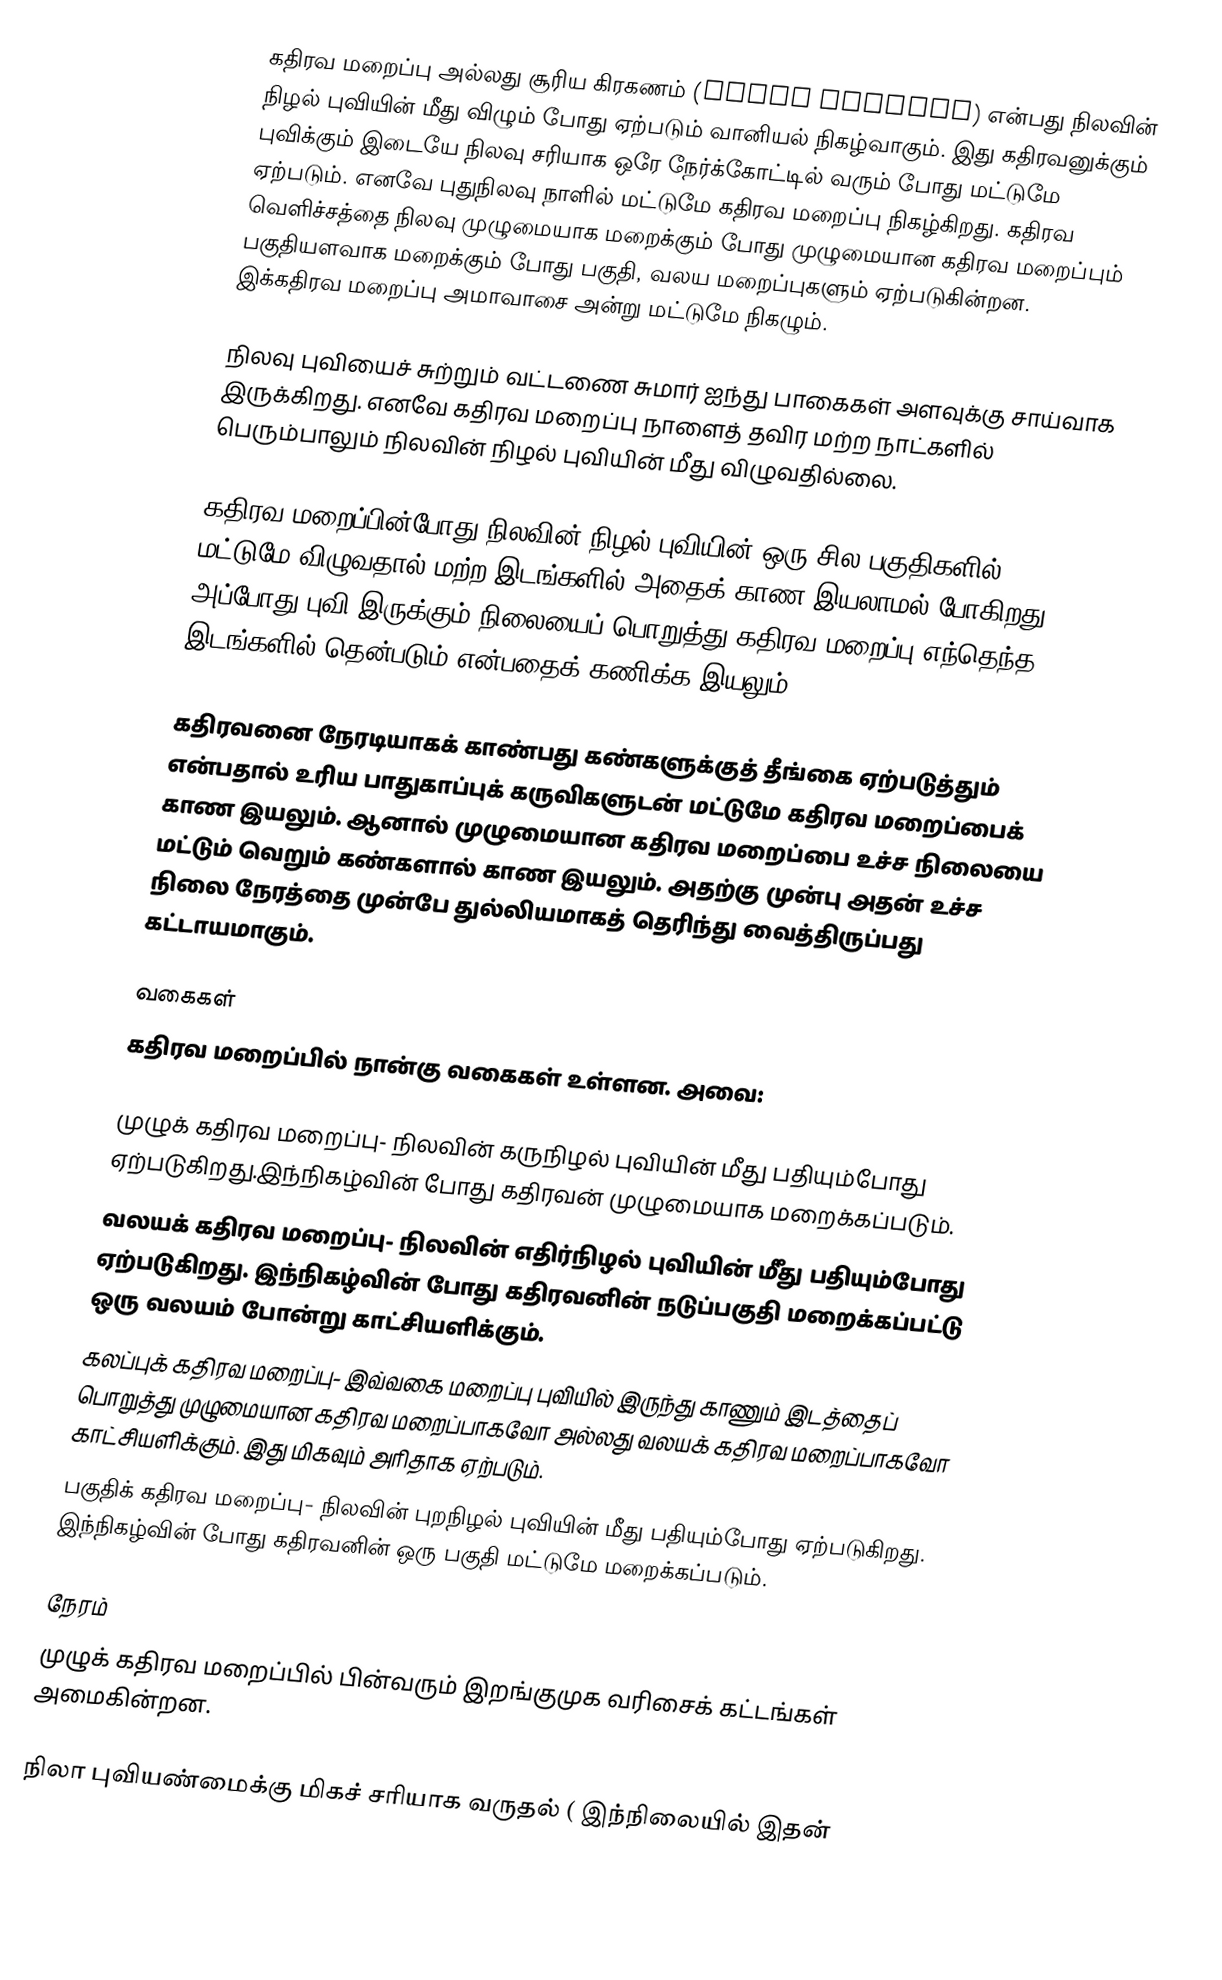
கதிரவ மறைப்பு அல்லது சூரிய கிரகணம் (Solar eclipse) என்பது நிலவின் நிழல் புவியின் மீது விழும் போது ஏற்படும் வானியல் நிகழ்வாகும். இது கதிரவனுக்கும் புவிக்கும் இடையே நிலவு சரியாக ஒரே நேர்க்கோட்டில் வரும் போது மட்டுமே ஏற்படும். எனவே புதுநிலவு நாளில் மட்டுமே கதிரவ மறைப்பு நிகழ்கிறது.  கதிரவ வெளிச்சத்தை நிலவு முழுமையாக மறைக்கும் போது முழுமையான கதிரவ மறைப்பும் பகுதியளவாக மறைக்கும் போது பகுதி, வலய மறைப்புகளும் ஏற்படுகின்றன. இக்கதிரவ மறைப்பு அமாவாசை அன்று மட்டுமே நிகழும்.

நிலவு புவியைச் சுற்றும் வட்டணை சுமார் ஐந்து பாகைகள் அளவுக்கு சாய்வாக இருக்கிறது. எனவே கதிரவ மறைப்பு நாளைத் தவிர மற்ற நாட்களில் பெரும்பாலும் நிலவின் நிழல் புவியின் மீது விழுவதில்லை.

கதிரவ மறைப்பின்போது நிலவின் நிழல் புவியின் ஒரு சில பகுதிகளில் மட்டுமே விழுவதால் மற்ற இடங்களில் அதைக் காண இயலாமல் போகிறது. அப்போது புவி இருக்கும் நிலையைப் பொறுத்து கதிரவ மறைப்பு எந்தெந்த இடங்களில் தென்படும் என்பதைக் கணிக்க இயலும்.

கதிரவனை நேரடியாகக் காண்பது கண்களுக்குத் தீங்கை ஏற்படுத்தும் என்பதால் உரிய பாதுகாப்புக் கருவிகளுடன் மட்டுமே கதிரவ மறைப்பைக் காண இயலும். ஆனால் முழுமையான கதிரவ மறைப்பை உச்ச நிலையை மட்டும் வெறும் கண்களால் காண இயலும். அதற்கு முன்பு அதன் உச்ச நிலை நேரத்தை முன்பே துல்லியமாகத் தெரிந்து வைத்திருப்பது கட்டாயமாகும்.

வகைகள்
கதிரவ மறைப்பில் நான்கு வகைகள் உள்ளன. அவை:

முழுக் கதிரவ மறைப்பு- நிலவின் கருநிழல் புவியின் மீது பதியும்போது ஏற்படுகிறது.இந்நிகழ்வின் போது கதிரவன் முழுமையாக மறைக்கப்படும்.
வலயக் கதிரவ மறைப்பு- நிலவின் எதிர்நிழல் புவியின் மீீது பதியும்போது ஏற்படுகிறது. இந்நிகழ்வின் போது கதிரவனின் நடுப்பகுதி மறைக்கப்பட்டு ஒரு வலயம் போன்று காட்சியளிக்கும்.
கலப்புக் கதிரவ மறைப்பு- இவ்வகை மறைப்பு புவியில் இருந்து காணும் இடத்தைப் பொறுத்து முழுமையான கதிரவ மறைப்பாகவோ அல்லது வலயக் கதிரவ மறைப்பாகவோ காட்சியளிக்கும். இது மிகவும் அரிதாக ஏற்படும்.
பகுதிக் கதிரவ மறைப்பு- நிலவின் புறநிழல் புவியின் மீது பதியும்போது ஏற்படுகிறது. இந்நிகழ்வின் போது கதிரவனின் ஒரு பகுதி மட்டுமே மறைக்கப்படும்.

நேரம்
முழுக் கதிரவ மறைப்பில் பின்வரும் இறங்குமுக வரிசைக் கட்டங்கள் அமைகின்றன.

 நிலா புவியண்மைக்கு மிகச் சரியாக வருதல் ( இந்நிலையில் இதன்